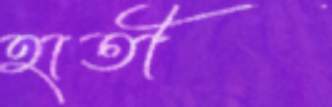
হাতী